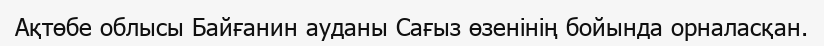
Ақтөбе облысы Байғанин ауданы Сағыз өзенінің бойында орналасқан.